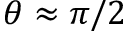
\theta \approx \pi / 2